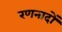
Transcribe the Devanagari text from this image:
रणनादों